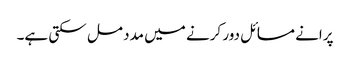
پرانے مسائل دور کرنے میں مدد مل سکتی ہے۔